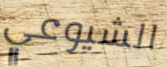
الشيوعي